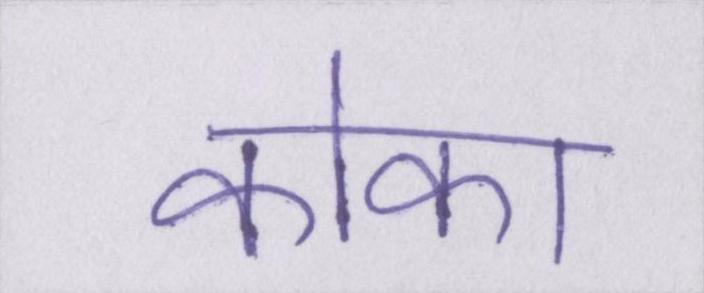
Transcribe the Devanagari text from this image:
कोका